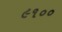
૯૧૦૦